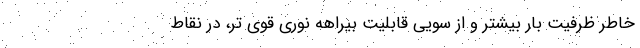
خاطر ظرفیت بار بیشتر و از سویی قابلیت بیراهه نوری قوی تر، در نقاط